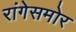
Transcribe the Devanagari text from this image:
रांगेसमोर